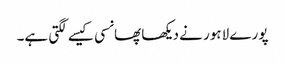
پورے لاہور نے دیکھا پھانسی کیسے لگتی ہے۔